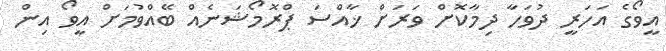
އީވޯގެ އަހަރީ ދުވަހާ ދިމާކޮށް ވަރަށް ޚާއްސަ ޕްރޮމޯޝަނެއް ބޭއްވުމަށް އީވޯ އިން